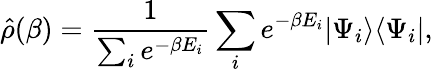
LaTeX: \hat{\rho}(\beta)=\frac{1}{\sum_{i}e^{-\beta E_{i}}}\sum_{i}e^{-\beta E_{i}}|\Psi_{i}\rangle\langle\Psi_{i}|,